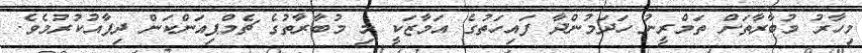
މިހާރު މުބާރާތަށް ތަމްރީނު ހަދަމުންދާ ފައިހަތުގެ އަމާޒަކީ މި މުބާރާތުގެ ޗެމްޕިއަންކަން ދިފާއުކުރުމެވެ.